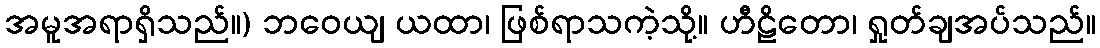
အမူအရာရှိသည်။) ဘဝေယျ ယထာ၊ ဖြစ်ရာသကဲ့သို့။ ဟီဠိတော၊ ရှုတ်ချအပ်သည်။